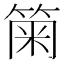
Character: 𥮫